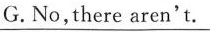
G.No,there aren't.